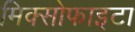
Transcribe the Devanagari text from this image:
मिक्सोफाइटा